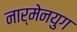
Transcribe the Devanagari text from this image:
नार्मेनयुग